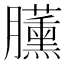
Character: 𣎰